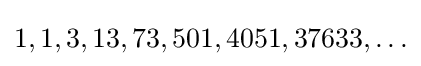
{\textstyle 1,1,3,13,73,501,4051,37633,\dots }